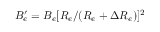
B _ { e } ^ { \prime } = B _ { e } [ R _ { e } / ( R _ { e } + \Delta R _ { e } ) ] ^ { 2 }